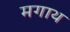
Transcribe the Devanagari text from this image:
मगाथ